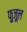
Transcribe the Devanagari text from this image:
फ़ुज़ूल